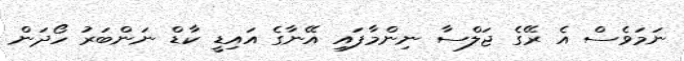
ނަމަވެސް އެ ރޭގެ ޖަލްސާ ނިންމާފައި އޭނާގެ އައިޑީ ކާޑް ނަންބަރު ހޯދަން